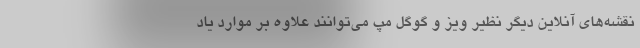
نقشه‌های آنلاین دیگر نظیر ویز و گوگل مپ می‌توانند علاوه بر موارد یاد